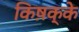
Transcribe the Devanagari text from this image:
किष़क्के